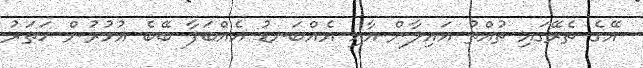
އޭގެ ތެރޭގައި ތުއްތު އައިލާން އާއި އެއްބަނޑު އެއްބަފާ ބޭބެ އުމުރުން ހަތަރު